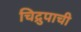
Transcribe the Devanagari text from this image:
चिद्रुपाची